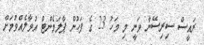
ރައީސް ސިރިސޭނާ ވަނީ މި މަހު 23 ގެ ފަހުން ޕާލަމެންޓް އުވާލެއްވުމަށް